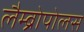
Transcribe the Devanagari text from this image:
लैम्ब्रोपोलस